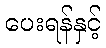
ပေးရန်နှင့်